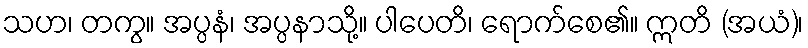
သဟ၊ တကွ။ အပ္ပနံ၊ အပ္ပနာသို့။ ပါပေတိ၊ ရောက်စေ၏။ ဣတိ (အယံ)၊